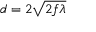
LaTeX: d = 2 { \sqrt { 2 f \lambda } }